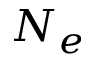
N _ { e }